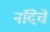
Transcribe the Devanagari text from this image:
नंदिचे